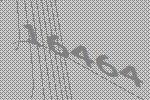
16464